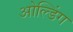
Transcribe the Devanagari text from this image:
ओल्डिंग